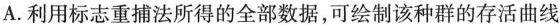
A.利用标志重捕法所得的全部数据，可绘制该种群的存活曲线